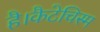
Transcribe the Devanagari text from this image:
है।कैटेचिस्म